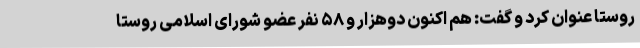
روستا عنوان کرد و گفت: هم اکنون دوهزار و ۵۸ نفر عضو شورای اسلامی روستا